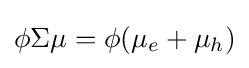
\phi \Sigma \mu =\phi (\mu _{e}+\mu _{h})